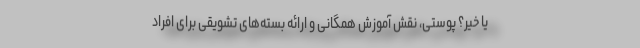
یا خیر؟ پوستی، نقش آموزش همگانی و ارائه بسته‌های تشویقی برای افراد